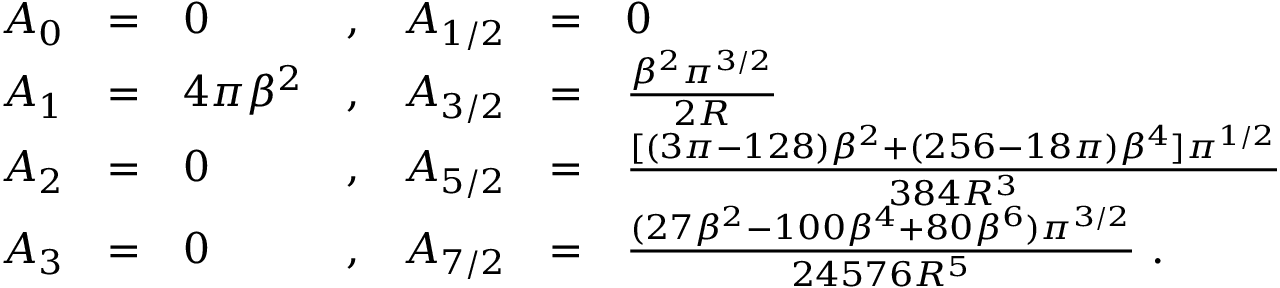
\begin{array} { l c l c c c l } { { A _ { 0 } } } & { { = } } & { { 0 } } & { { , } } & { { A _ { 1 / 2 } } } & { { = } } & { { 0 \nonumber } } \\ { { A _ { 1 } } } & { { = } } & { { 4 \pi \beta ^ { 2 } } } & { { , } } & { { A _ { 3 / 2 } } } & { { = } } & { { \frac { \beta ^ { 2 } \pi ^ { 3 / 2 } } { 2 R } \nonumber } } \\ { { A _ { 2 } } } & { { = } } & { { 0 } } & { { , } } & { { A _ { 5 / 2 } } } & { { = } } & { { \frac { [ ( 3 \pi - 1 2 8 ) \beta ^ { 2 } + ( 2 5 6 - 1 8 \pi ) \beta ^ { 4 } ] \pi ^ { 1 / 2 } } { 3 8 4 R ^ { 3 } } \nonumber } } \\ { { A _ { 3 } } } & { { = } } & { { 0 } } & { { , } } & { { A _ { 7 / 2 } } } & { { = } } & { { \frac { ( 2 7 \beta ^ { 2 } - 1 0 0 \beta ^ { 4 } + 8 0 \beta ^ { 6 } ) \pi ^ { 3 / 2 } } { 2 4 5 7 6 R ^ { 5 } } \nonumber \ . } } \end{array}